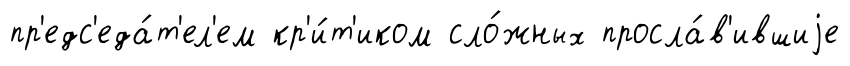
пр'едс'еда́т'ел'ем кр'и́т'иком сло́жных просла́в'ившиjе